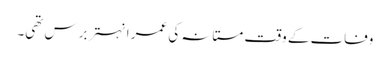
وفات کے وقت مستانہ کی عمر انہتر برس تھی۔